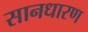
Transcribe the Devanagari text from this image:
सानधारण